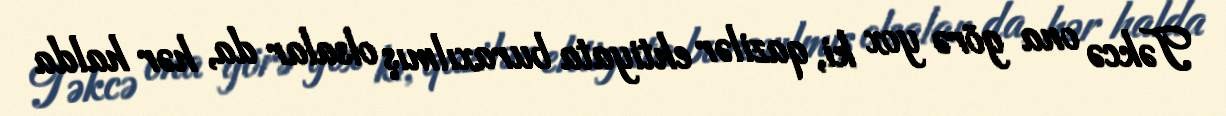
Təkcə ona görə yox ki, qazilər ehtiyata buraxılmış olsalar da, hər halda